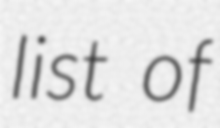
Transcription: list of